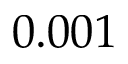
0 . 0 0 1